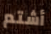
أشتم